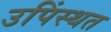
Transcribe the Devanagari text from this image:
उपिंस्थत